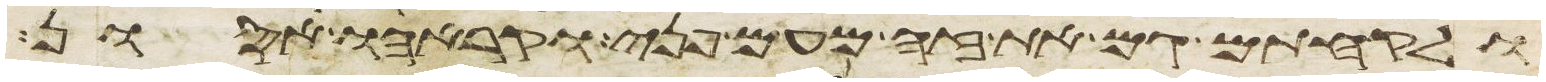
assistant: ולקחתם גם את זה מעם פני וקראהו אסון